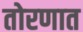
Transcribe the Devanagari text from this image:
तोरणात